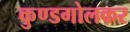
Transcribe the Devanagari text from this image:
कुण्डगोलकर